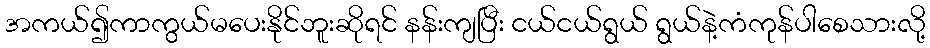
အကယ်၍ကာကွယ်မပေးနိုင်ဘူးဆိုရင် နန်းကျပြီး ငယ်ငယ်ရွယ် ရွယ်နဲ့ကံကုန်ပါစေသားလို့